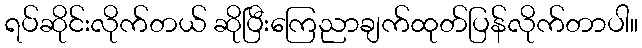
ရပ်ဆိုင်းလိုက်တယ် ဆိုပြီးကြေညာချက်ထုတ်ပြန်လိုက်တာပါ။